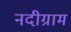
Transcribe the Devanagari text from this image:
नदीग्राम